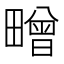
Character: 㽪